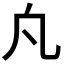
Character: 𭂫